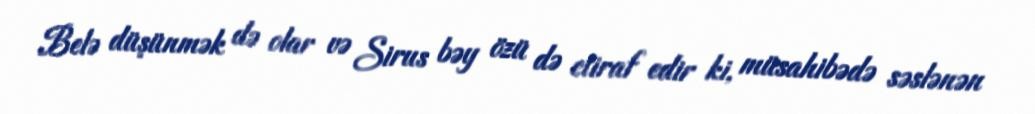
Belə düşünmək də olar və Sirus bəy özü də etiraf edir ki, müsahibədə səslənən